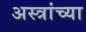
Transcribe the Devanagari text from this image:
अस्त्रांच्या